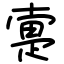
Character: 疐